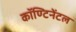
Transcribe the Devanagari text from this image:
कॉण्टिनेंटल